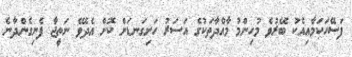
ފަސޭހަކަމާއިއެކު ބޭރުވެ މުހިންމު މާއްދާތަކުގެ އަސަރު ހަށިގަނޑަށް ކޮށް އެދެވޭ ނަތީޖާ ފެނިގެންދާނެ